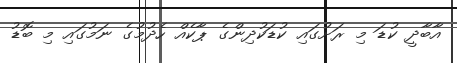
އާބާދީ ކުޑަ މި ރަށުގައި ކުޑަކުދިންގެ ޕާކެއް ހެދުމުގެ ނަމުގައި މި ބޮޑު